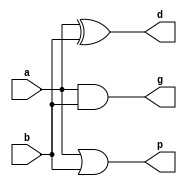
`timescale 1ns / 1ps
/////////////////////////////////////////////////////////////////////////////////

module Pgd(a,b,p,g,d);
input a,b;
output p,g,d;
xor(d,a,b);
and(g,a,b);
or(p,a,b);
endmodule

module group_PGl(input p0,g0,pi,gi, output P,G);
and(P,pi,p0);
or(G,g0,gi);
endmodule


module H_L(x,y,z,H);
input x,y,z;
output H;
wire q;
and(q,y,z);
or(H,q,x);
endmodule

module sum(H0,p0,di,sum);
input H0,p0,di;
output sum;
wire H2,q,x,y;
xor(q,p0,di);
not(H2,H0);
and(x,di,H2);
and(y,H0,q);
or(sum,x,y);
endmodule

module carry_L(Hi,Pi,C);
input Hi,Pi;
output C;
and(C,Hi,Pi);
endmodule




module ling(a,b,Cin,sum,carry);
input [7:0]a,b;
input Cin;
output [7:0]sum;
output carry;
wire [7:0]p,g,d;
wire [7:0]P,G,H;

Pgd f1(a[0],b[0],p[0],g[0],d[0]);
Pgd f2(a[1],b[1],p[1],g[1],d[1]);
Pgd f3(a[2],b[2],p[2],g[2],d[2]);
Pgd f4(a[3],b[3],p[3],g[3],d[3]);
Pgd f5(a[4],b[4],p[4],g[4],d[4]);
Pgd f6(a[5],b[5],p[5],g[5],d[5]);
Pgd f7(a[6],b[6],p[6],g[6],d[6]);
Pgd f8(a[7],b[7],p[7],g[7],d[7]);


group_PGl k1(p[0],g[0],1'b0,1'b0,P[0],G[0]);
group_PGl k2(p[1],g[1],p[0],g[0],P[1],G[1]);
group_PGl k3(p[2],g[2],p[1],g[1],P[2],G[2]);
group_PGl k4(p[3],g[3],p[2],g[2],P[3],G[3]);
group_PGl k5(p[4],g[4],p[3],g[3],P[4],G[4]);
group_PGl k6(p[5],g[5],p[4],g[4],P[5],G[5]);
group_PGl k7(p[6],g[6],p[5],g[5],P[6],G[6]);
group_PGl k8(p[7],g[7],p[6],g[6],P[7],G[7]);


H_L s1(G[0],1'b0,1'b0,H[0]);
H_L s2(G[1],P[0],1'b0,H[1]);
H_L s3(G[2],P[1],G[0],H[2]);
H_L s4(G[3],P[2],G[1],H[3]);
H_L s5(G[4],P[3],G[2],H[4]);
H_L s6(G[5],P[4],G[3],H[5]);
H_L s7(G[6],P[5],G[4],H[6]);
H_L s8(G[7],P[6],G[5],H[7]);

sum x1(d[0],1'b0,d[0],sum[0]);
sum x2(H[0],p[0],d[1],sum[1]);
sum x3(H[1],p[1],d[2],sum[2]);
sum x4(H[2],p[2],d[3],sum[3]);
sum x5(H[3],p[3],d[4],sum[4]);
sum x6(H[4],p[4],d[5],sum[5]);
sum x7(H[5],p[5],d[6],sum[6]);
sum x8(H[6],p[6],d[7],sum[7]);


carry_L j1(H[7],p[7],carry);

endmodule